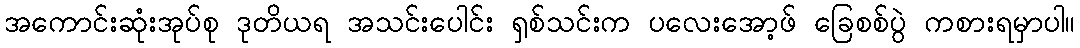
အကောင်းဆုံးအုပ်စု ဒုတိယရ အသင်းပေါင်း ရှစ်သင်းက ပလေးအော့ဖ် ခြေစစ်ပွဲ ကစားရမှာပါ။